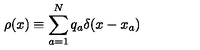
\rho ( x ) \equiv \sum _ { a = 1 } ^ { N } q _ { a } \delta ( x - x _ { a } )